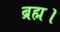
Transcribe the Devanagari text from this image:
ब्रह्म।